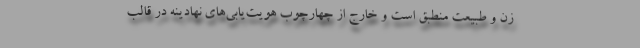
زن و طبیعت منطبق است و خارج از چهارچوب هویت‌یابی‌های نهادینه در قالب